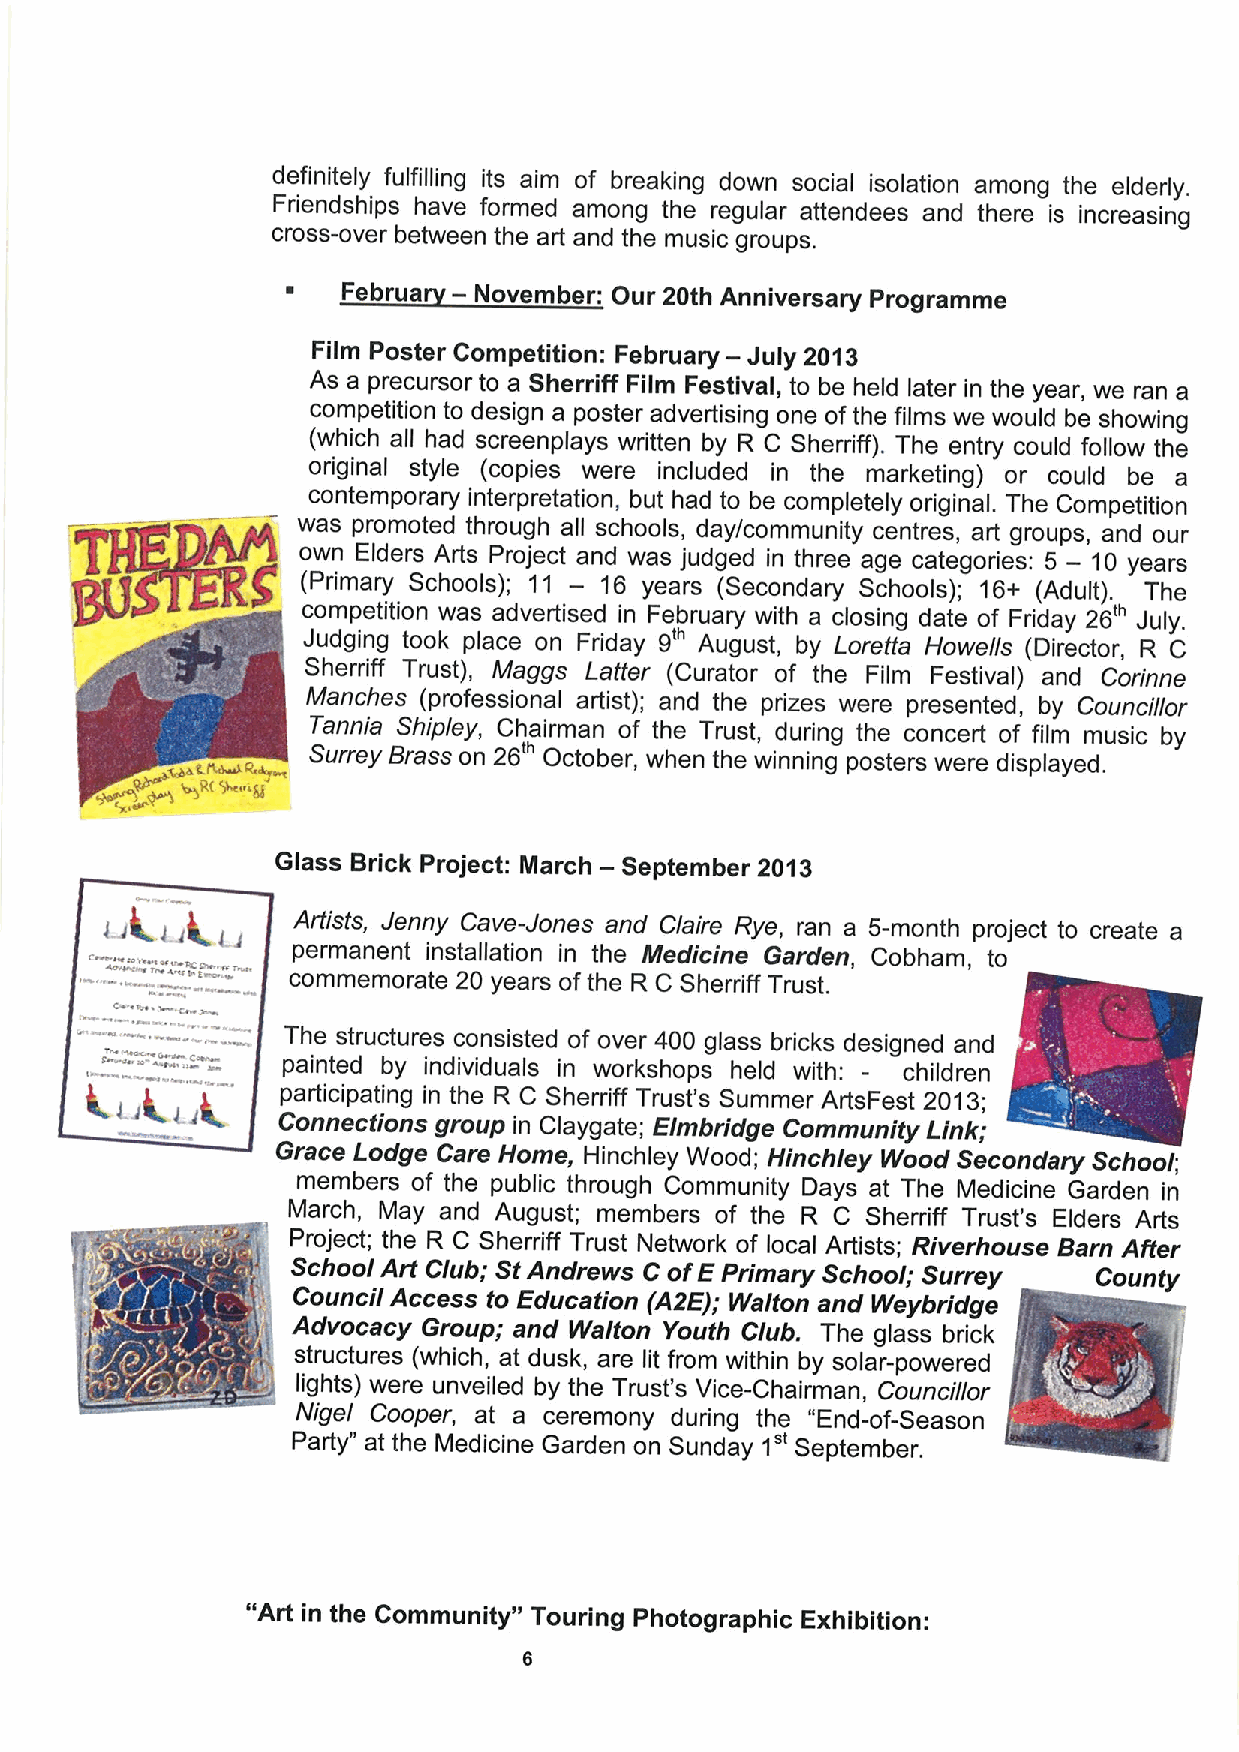
definitely fulfilling its aim of brreeaakkiinng doowwnn social isolation among the elderly.
 Friendships have formed among the re gular attendees an ere '
 cross-over between the art and the music groups.
 ~   Februa — November: Our 20th Anniversary Programme
 Film Poster Competition: : Februa ry — July 2013
 N Film Festival, to be heId ater ' in the year, we ran a
 I
 si n a oster advertisin' g one oft e ' ms we
 i        I
 (which all had screenplays writteenn by R C Sherriff). The entry could follow the
 contemporary interpretation, buutt haad ttoo bee ccoormnpletely original.. The Competitionon
 rou h all schools, day/community cen res, a
 s 'ud ed in three age categories: 5 — 10 years
 (Ad I) T
 competition was advertised iin Februa ry with a cloosingg date of Friday 26 July.
 9'"
 n Frida   August, by Loretta owe s
 rust Ma  s Latter (Curator of the F'iIm F ti I) ad Cori
 Manches (professional artist); anndd tthhee prriizzeess wweerree pprreesented, by Councillor
 le,
 ~    Tannniiaa Shiip ey, Chairman of the Trust, during the conce o
 ~        Surrey Brass on 26 October, when thee winning posters were displayed.
 ~PI    f,tkksL
 ~R(+c is
 Glass Brick Project: March — September 20013
 Artists, Jenny Cave-Jones and Claire Ryee, rraann aa 5-month project to create a
 commemorate 20 years ofthe R C Sherriff Trust.
 esruc
 Th  t ctures consisted of over 400 glass bricks designed and
 S     C     painted by individuals in workshops e
 articipating in the R C Sherriff Trust's Summer ArtsFest 20
 u  in Cia ate; Elmbridge Community Link;
 inchle Woodd; HHinchley Wooood Secondary School
 Md''
 members of the public through Community Days at The e ' G d
 i
 Project; the R C Sherriff Trust Netwoorrkk oof looccaal Artists; Riverhouse Barn After
 u;
 SchooIArt Club StAndrews CofEPrimary School; Surrey
 Counci lAccess to Education (A2E); Walton and Weybridge
 Advocacy Group; and Walton Youth Club.. The glass brick
 structures (wh'ich,, at dus k, , are lit from within by solar-powered
 '
 hghts) were unveil ed by the Trust's Vice-Chairman, Councillor
 Ni'geI Cooper at a ceremony during the n -o- e
 Party" at the Medicine Garden on Sunday 1 Seeptember.
 "Art in the Community" Touring Photograph'hcic Exhibition:
 6